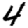
Digit: 4